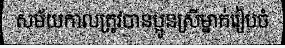
សម័យកាលត្រូវបានប្អូនស្រីម្នាក់រៀបចំ